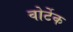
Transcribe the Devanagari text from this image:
वोर्टेक